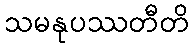
သမနုပဿတီတိ